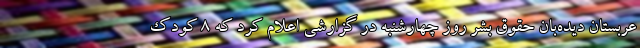
عربستان دیده‌بان حقوق بشر روز چهارشنبه در گزارشی اعلام کرد که ۸ کودک